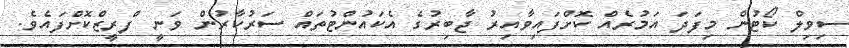
ސިވިލް ކޯޓުން މިފަދަ އަމުރެއް ކޮށްފައިވާއިރު ޖާބިރުގެ އެކައުންޓުތައް ސަރުކާރުން ވަނީ ފްރީޒްކޮށްފައެވެ.